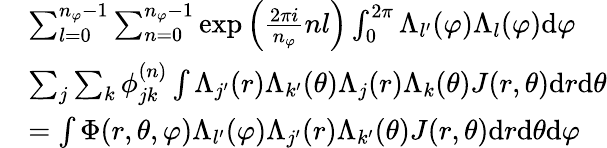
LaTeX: \begin{array}{rl}&{\sum_{l=0}^{n_{\varphi}-1}\sum_{n=0}^{n_{\varphi}-1}\exp{\left(\frac{2\pi i}{n_{\varphi}}nl\right)}\int_{0}^{2\pi}\Lambda_{l^{\prime}}(\varphi)\Lambda_{l}(\varphi)\mathrm{d}\varphi}\\ &{\sum_{j}\sum_{k}\phi_{jk}^{(n)}\int\Lambda_{j^{\prime}}(r)\Lambda_{k^{\prime}}(\theta)\Lambda_{j}(r)\Lambda_{k}(\theta)J(r,\theta)\mathrm{d}r\mathrm{d}\theta}\\ &{=\int\Phi(r,\theta,\varphi)\Lambda_{l^{\prime}}(\varphi)\Lambda_{j^{\prime}}(r)\Lambda_{k^{\prime}}(\theta)J(r,\theta)\mathrm{d}r\mathrm{d}\theta\mathrm{d}\varphi}\end{array}